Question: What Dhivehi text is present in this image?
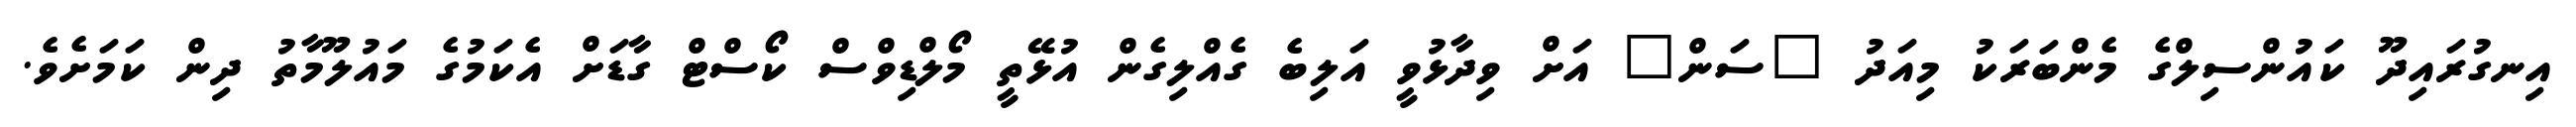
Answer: އިނގުރައިދޫ ކައުންސިލްގެ މެންބަރަކު މިއަދު "ސަން" އަށް ވިދާޅުވީ އަލިބެ ގެއްލިގެން އުޅޭތީ މޯލްޑިވްސް ކޯސްޓް ގާޑަށް އެކަމުގެ މައުލޫމާތު ދިން ކަމަށެވެ.